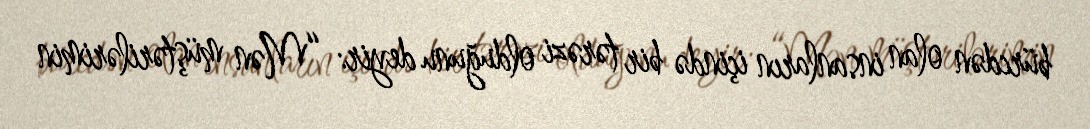
bürcdən olan insanların içində bir tərəzi olduğunu deyir: “Mən müştərilərimin